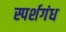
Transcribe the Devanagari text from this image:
स्पर्शगंध